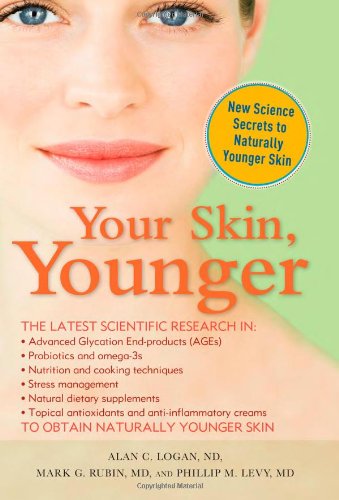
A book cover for Your Skin, Younger: New Science Secrets to Reverse the Effects of AGE; Alan Logan; Health, Fitness & Dieting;